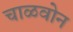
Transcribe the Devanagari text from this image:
चाळवोन